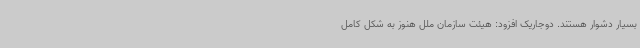
بسیار دشوار هستند. دوجاریک افزود: هیئت سازمان ملل هنوز به شکل کامل